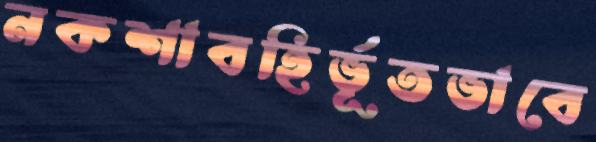
নকশাবহির্ভূতভাবে